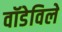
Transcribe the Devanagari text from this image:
वॉडेविले